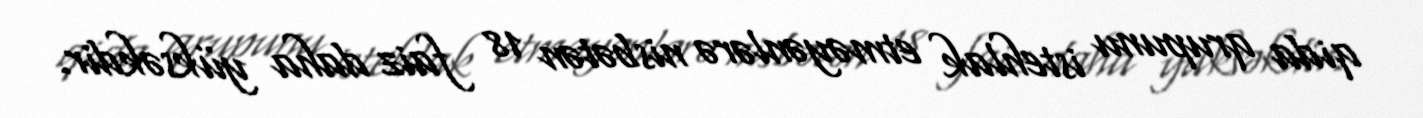
qida qrupunu istehlak etməyənlərə nisbətən 18 faiz daha yüksəkdir.